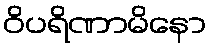
ဝိပရိဏာမိနော